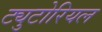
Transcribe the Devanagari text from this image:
ट्युटोरियल